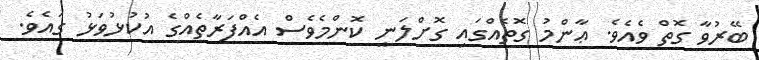
ބޭރުވާ ގޮތް ވެއެވެ. ޢާންމު ގޮތެއްގައި ގޮށްލަނީ ކޮންމެވެސް އެއްފަރާތެއްގެ އުކުޅުވަޅު ގައެވެ.